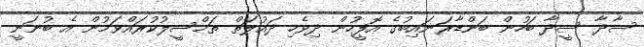
ސާދާ ސީދާ ބަހުން ބަންޑާރަނައިބުގެ އޮފީހުން ދިވެހި ދައުލަތް ތަމްސީލުކުރައްވަމުން އެ ބުނަނީ